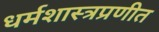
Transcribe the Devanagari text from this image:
धर्मशास्त्रप्रणीत